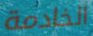
الخادمة